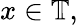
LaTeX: x\in\mathbb{T},